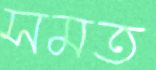
সমত